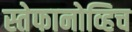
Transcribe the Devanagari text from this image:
स्तेफानोव्हिच